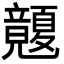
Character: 𥫏